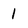
Character: 1